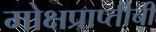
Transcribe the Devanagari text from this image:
मोक्षप्राप्तीची